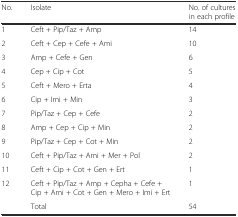
| No. | Isolate | No. of cultures in each profile |
 | --- | --- | --- |
 | 1 | Ceft + Pip/Taz + Amp | 14 |
 | 2 | Ceft + Cep + Cefe + Ami | 10 |
 | 3 | Amp + Cefe + Gen | 6 |
 | 4 | Cep + Cip + Cot | 5 |
 | 5 | Ceft + Mero + Erta | 4 |
 | 6 | Cip + Imi + Min | 3 |
 | 7 | Pip/Taz + Cep + Cefe | 2 |
 | 8 | Amp + Cep + Cip + Min | 2 |
 | 9 | Pip/Taz + Cep + Cot + Min | 2 |
 | 10 | Ceft + Pip/Taz + Ami + Mer + Pol | 2 |
 | 11 | Ceft + Cip + Cot + Gen + Ert | 1 |
 | 12 | Ceft + Pip/Taz + Amp + Cepha + Cefe + Cip + Ami + Cot + Gen + Mero + Imi + Ert | 1 |
 |  | Total | 54 |